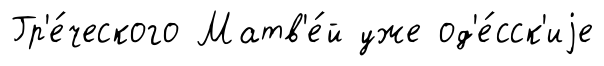
Гр'е́ческого Матв'е́й уже од'е́сск'иjе